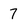
Character: 7